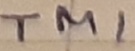
Text: TM1